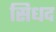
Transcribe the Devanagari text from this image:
सिधद